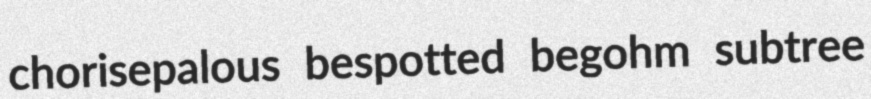
chorisepalous bespotted begohm subtree